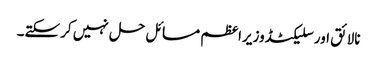
نالائق اورسلیکٹڈوزیراعظم مسائل حل نہیں کرسکتے۔